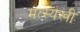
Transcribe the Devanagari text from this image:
मत्स्यस्त्री